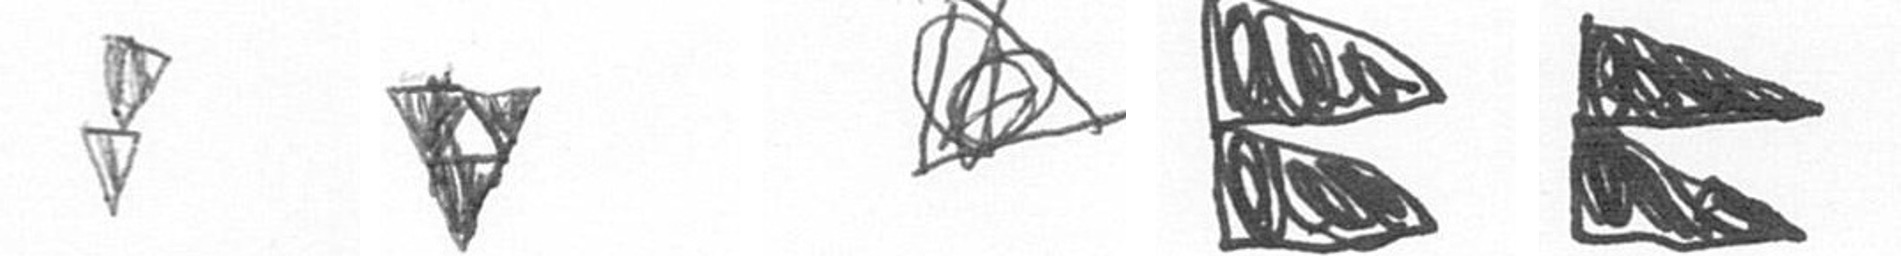
Z S O P P